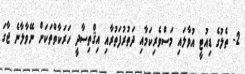
2- ތެލުގެ ޑިއުޓީ އުވާލައި މަސްވެރިކަމާއި ދަތުރުފަތުރާއި އިޤްތިސާދީ ހަރަކާތްތަކަށް ނޭވާލާނެ ޖާގަ